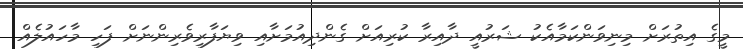
މީގެ އިތުރަށް މިނިވަންކަމާއެކު ޝަރުއީ ދާއިރާ ކުރިއަށް ގެންދިއުމަށާއި ވިޔަފާރިވެރިންނަށް ފަހި މާހައުލެއް